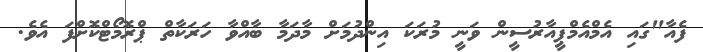
ފެއާ"ގައި އެމްއެމްޕީއާރުސީން ވަނީ މުރަކަ އިންދުމަށް މާދަމާ ބާއްވާ ހަރަކާތް ޕްރޮމޯޓްކޮށްފަ އެވެ.